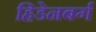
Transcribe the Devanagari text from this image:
हिडेनबर्ग